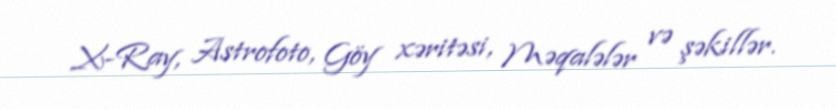
X-Ray, Astrofoto, Göy xəritəsi, Məqalələr və şəkillər.